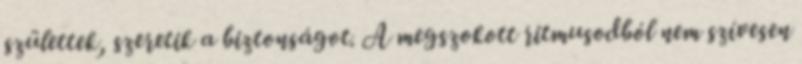
születtek, szeretik a biztonságot. A megszokott ritmusodból nem szívesen